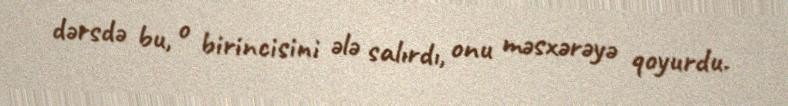
dərsdə bu, o birincisini ələ salırdı, onu məsxərəyə qoyurdu.